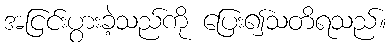
အငြင်းပွားခဲ့သည်ကို ပြေး၍သတိရသည်။